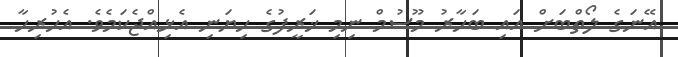
އޭނަގެ ލޯތްބަށް އައި ބަހާރު މޫސުމް ނިމި ޚަރީފުގެ ހިޔަނި އެޅިއްޖެކަމެވެ. އެހުރިހާ